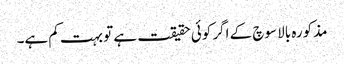
مذکورہ بالا سوچ کے اگر کوئی حقیقت ہے تو بہت کم ہے۔